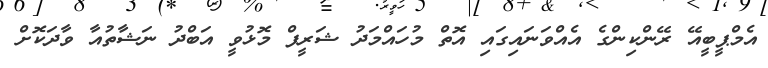
އެމްޕީބީއޭ ރޭންކިންގެ އެއްވަނައިގައި އޮތް މުހައްމަދު ޝަރީފް މޮޅުވީ އަބްދު ނަޝާތުއާ ވާދަކޮށް